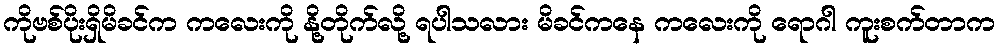
ကိုဗစ်ပိုးရှိမိခင်က ကလေးကို နို့တိုက်လို့ ရပါသလား မိခင်ကနေ ကလေးကို ရောဂါ ကူးစက်တာက